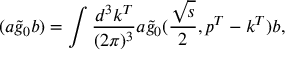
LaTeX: ( a \widetilde g _ { 0 } b ) = \int \frac { d ^ { 3 } k ^ { T } } { ( 2 \pi ) ^ { 3 } } a \widetilde g _ { 0 } ( \frac { \sqrt { s } } { 2 } , p ^ { T } - k ^ { T } ) b ,